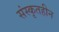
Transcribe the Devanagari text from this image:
संस्कृतहीन